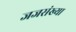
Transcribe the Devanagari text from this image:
जजसंख्या